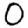
Digit: 0